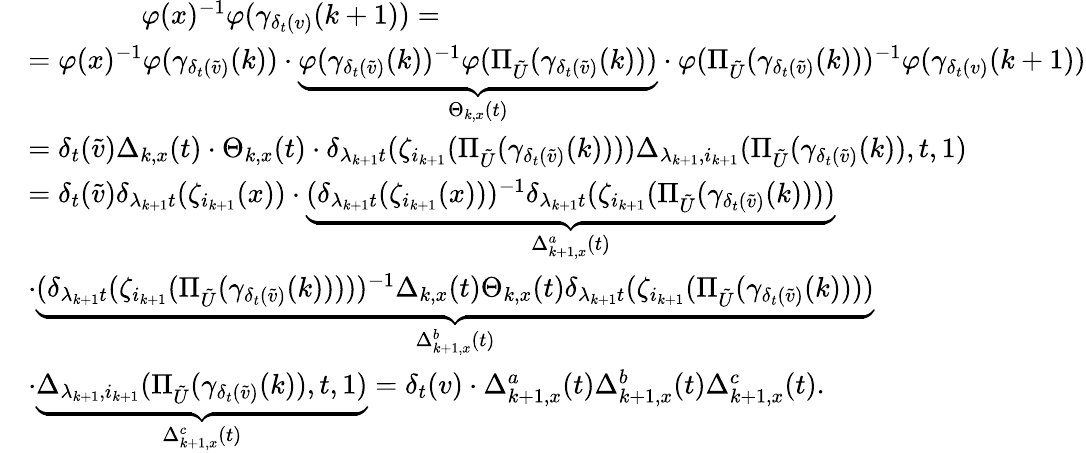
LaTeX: \begin{array}{rl}&{\qquad\qquad\varphi(x)^{-1}\varphi(\gamma_{\delta_{t}(v)}(k+1))=}\\ &{=\varphi(x)^{-1}\varphi(\gamma_{\delta_{t}(\tilde{v})}(k))\cdot\underbrace{\varphi(\gamma_{\delta_{t}(\tilde{v})}(k))^{-1}\varphi(\Pi_{{\tilde{U}}}(\gamma_{\delta_{t}(\tilde{v})}(k)))}_{\Theta_{k,x}(t)}\cdot\varphi(\Pi_{{\tilde{U}}}(\gamma_{\delta_{t}(\tilde{v})}(k)))^{-1}\varphi(\gamma_{\delta_{t}(v)}(k+1))}\\ &{=\delta_{t}(\tilde{v})\Delta_{k,x}(t)\cdot\Theta_{k,x}(t)\cdot\delta_{\lambda_{k+1}t}(\zeta_{i_{k+1}}(\Pi_{{\tilde{U}}}(\gamma_{\delta_{t}(\tilde{v})}(k))))\Delta_{\lambda_{k+1},i_{k+1}}(\Pi_{{\tilde{U}}}(\gamma_{\delta_{t}(\tilde{v})}(k)),t,1)}\\ &{=\delta_{t}(\tilde{v})\delta_{\lambda_{k+1}t}(\zeta_{i_{k+1}}(x))\cdot\underbrace{(\delta_{\lambda_{k+1}t}(\zeta_{i_{k+1}}(x)))^{-1}\delta_{\lambda_{k+1}t}(\zeta_{i_{k+1}}(\Pi_{{\tilde{U}}}(\gamma_{\delta_{t}(\tilde{v})}(k))))}_{\Delta_{k+1,x}^{a}(t)}}\\ &{\cdot\underbrace{(\delta_{\lambda_{k+1}t}(\zeta_{i_{k+1}}(\Pi_{{\tilde{U}}}(\gamma_{\delta_{t}(\tilde{v})}(k)))))^{-1}\Delta_{k,x}(t)\Theta_{k,x}(t)\delta_{\lambda_{k+1}t}(\zeta_{i_{k+1}}(\Pi_{{\tilde{U}}}(\gamma_{\delta_{t}(\tilde{v})}(k))))}_{\Delta_{k+1,x}^{b}(t)}}\\ &{\cdot\underbrace{\Delta_{\lambda_{k+1},i_{k+1}}(\Pi_{{\tilde{U}}}(\gamma_{\delta_{t}(\tilde{v})}(k)),t,1)}_{\Delta_{k+1,x}^{c}(t)}=\delta_{t}(v)\cdot\Delta_{k+1,x}^{a}(t)\Delta_{k+1,x}^{b}(t)\Delta_{k+1,x}^{c}(t).}\end{array}